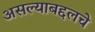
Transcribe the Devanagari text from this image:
असल्याबद्दलचे